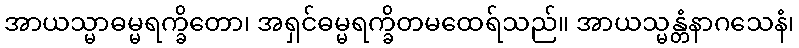
အာယသ္မာဓမ္မရက္ခိတော၊ အရှင်ဓမ္မရက္ခိတမထေရ်သည်။ အာယသ္မန္တံနာဂသေနံ၊